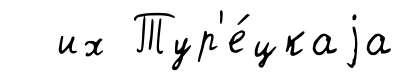
их Тур'е́цкаjа